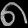
Digit: ၈